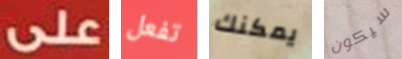
على تفعل يمكنك سيكون